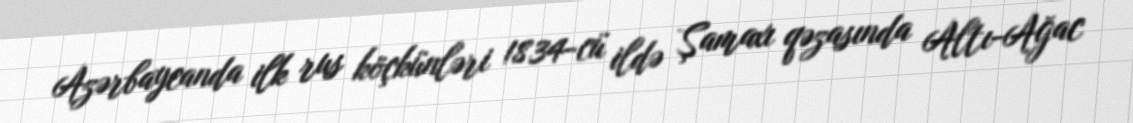
Azərbaycanda ilk rus köçkünləri 1834-cü ildə Şamaxı qəzasında Altı-Ağac